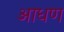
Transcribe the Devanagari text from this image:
आधण